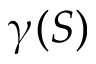
\upgamma ( S )